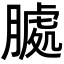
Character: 𮌶